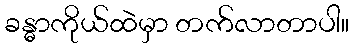
ခန္ဓာကိုယ်ထဲမှာ တက်လာတာပါ။